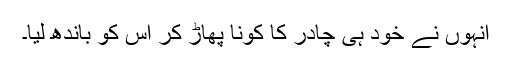
انہوں نے خود ہی چادر کا کونا پھاڑ کر اس کو باندھ لیا۔